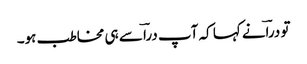
تو دراؔنے کہا کہ آپ دراؔ سے ہی مخاطب ہو۔